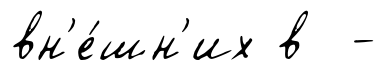
вн'е́шн'их в -